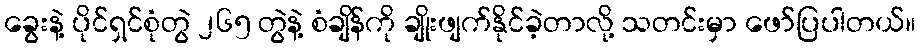
ခွေးနဲ့ ပိုင်ရှင်စုံတွဲ ၂၆၅ တွဲနဲ့ စံချိန်ကို ချိုးဖျက်နိုင်ခဲ့တာလို့ သတင်းမှာ ဖော်ပြပါတယ်။